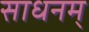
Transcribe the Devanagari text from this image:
साधनम्